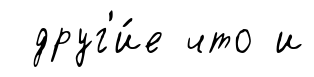
друг'и́е что и